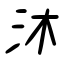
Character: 沐